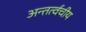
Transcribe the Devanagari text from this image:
अन्तर्त्वचीय